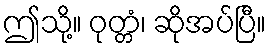
ဤသို့။ ဝုတ္တံ၊ ဆိုအပ်ပြီ။